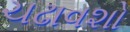
ચઢાવશો